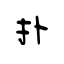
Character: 扑